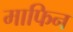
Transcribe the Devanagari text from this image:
माफिन